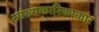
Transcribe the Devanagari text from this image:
सांख्यकारिकाकार